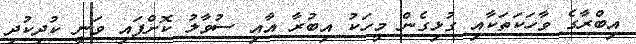
އިބްރާގެ ވާހަކަތަކާއި ގުޅިގެން މީހަކު އިބުރާ އާއި ސުވާލު ކޮށްފައި ވަނީ ކުދިކުދި